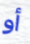
أو